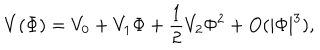
V ( \Phi ) = V _ { 0 } + V _ { 1 } \Phi + \frac { 1 } { 2 } V _ { 2 } \Phi ^ { 2 } + O ( | \Phi | ^ { 3 } ) ,